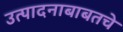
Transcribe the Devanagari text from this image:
उत्पादनाबाबतचे